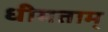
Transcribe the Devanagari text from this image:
धीमताम्‌